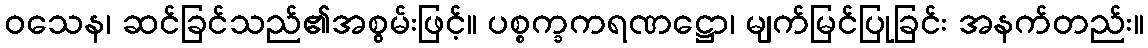
ဝသေန၊ ဆင်ခြင်သည်၏အစွမ်းဖြင့်။ ပစ္စက္ခကရဏဋ္ဌော၊ မျက်မြင်ပြုခြင်း အနက်တည်း။